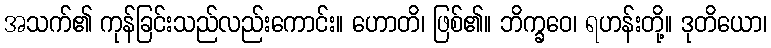
အသက်၏ ကုန်ခြင်းသည်လည်းကောင်း။ ဟောတိ၊ ဖြစ်၏။ ဘိက္ခဝေ၊ ရဟန်းတို့။ ဒုတိယော၊